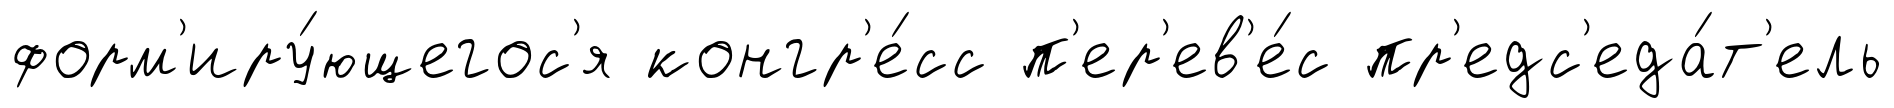
форм'иру́ющегос'я конгр'е́сс п'ер'ев'е́с пр'едс'еда́т'ель